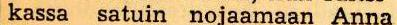
kassa satuin nojaamaan Anna